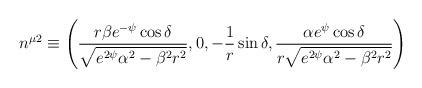
LaTeX: \begin{align*}n^{\mu 2} \equiv \left ( \frac{r\beta e^{-\psi} \cos \delta}{\sqrt{e^{2\psi}\alpha ^{2} - \beta ^{2}r^{2}}},0,-\frac{1}{r}\sin \delta , \frac{\alpha e^{\psi}\cos \delta}{r \sqrt{e^{2\psi}\alpha^{2} - \beta^{2}r^{2}}}\right )\end{align*}